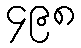
၄၉၈